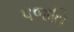
પજતિ